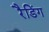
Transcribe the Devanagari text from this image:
रैडिंग